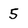
Character: 5